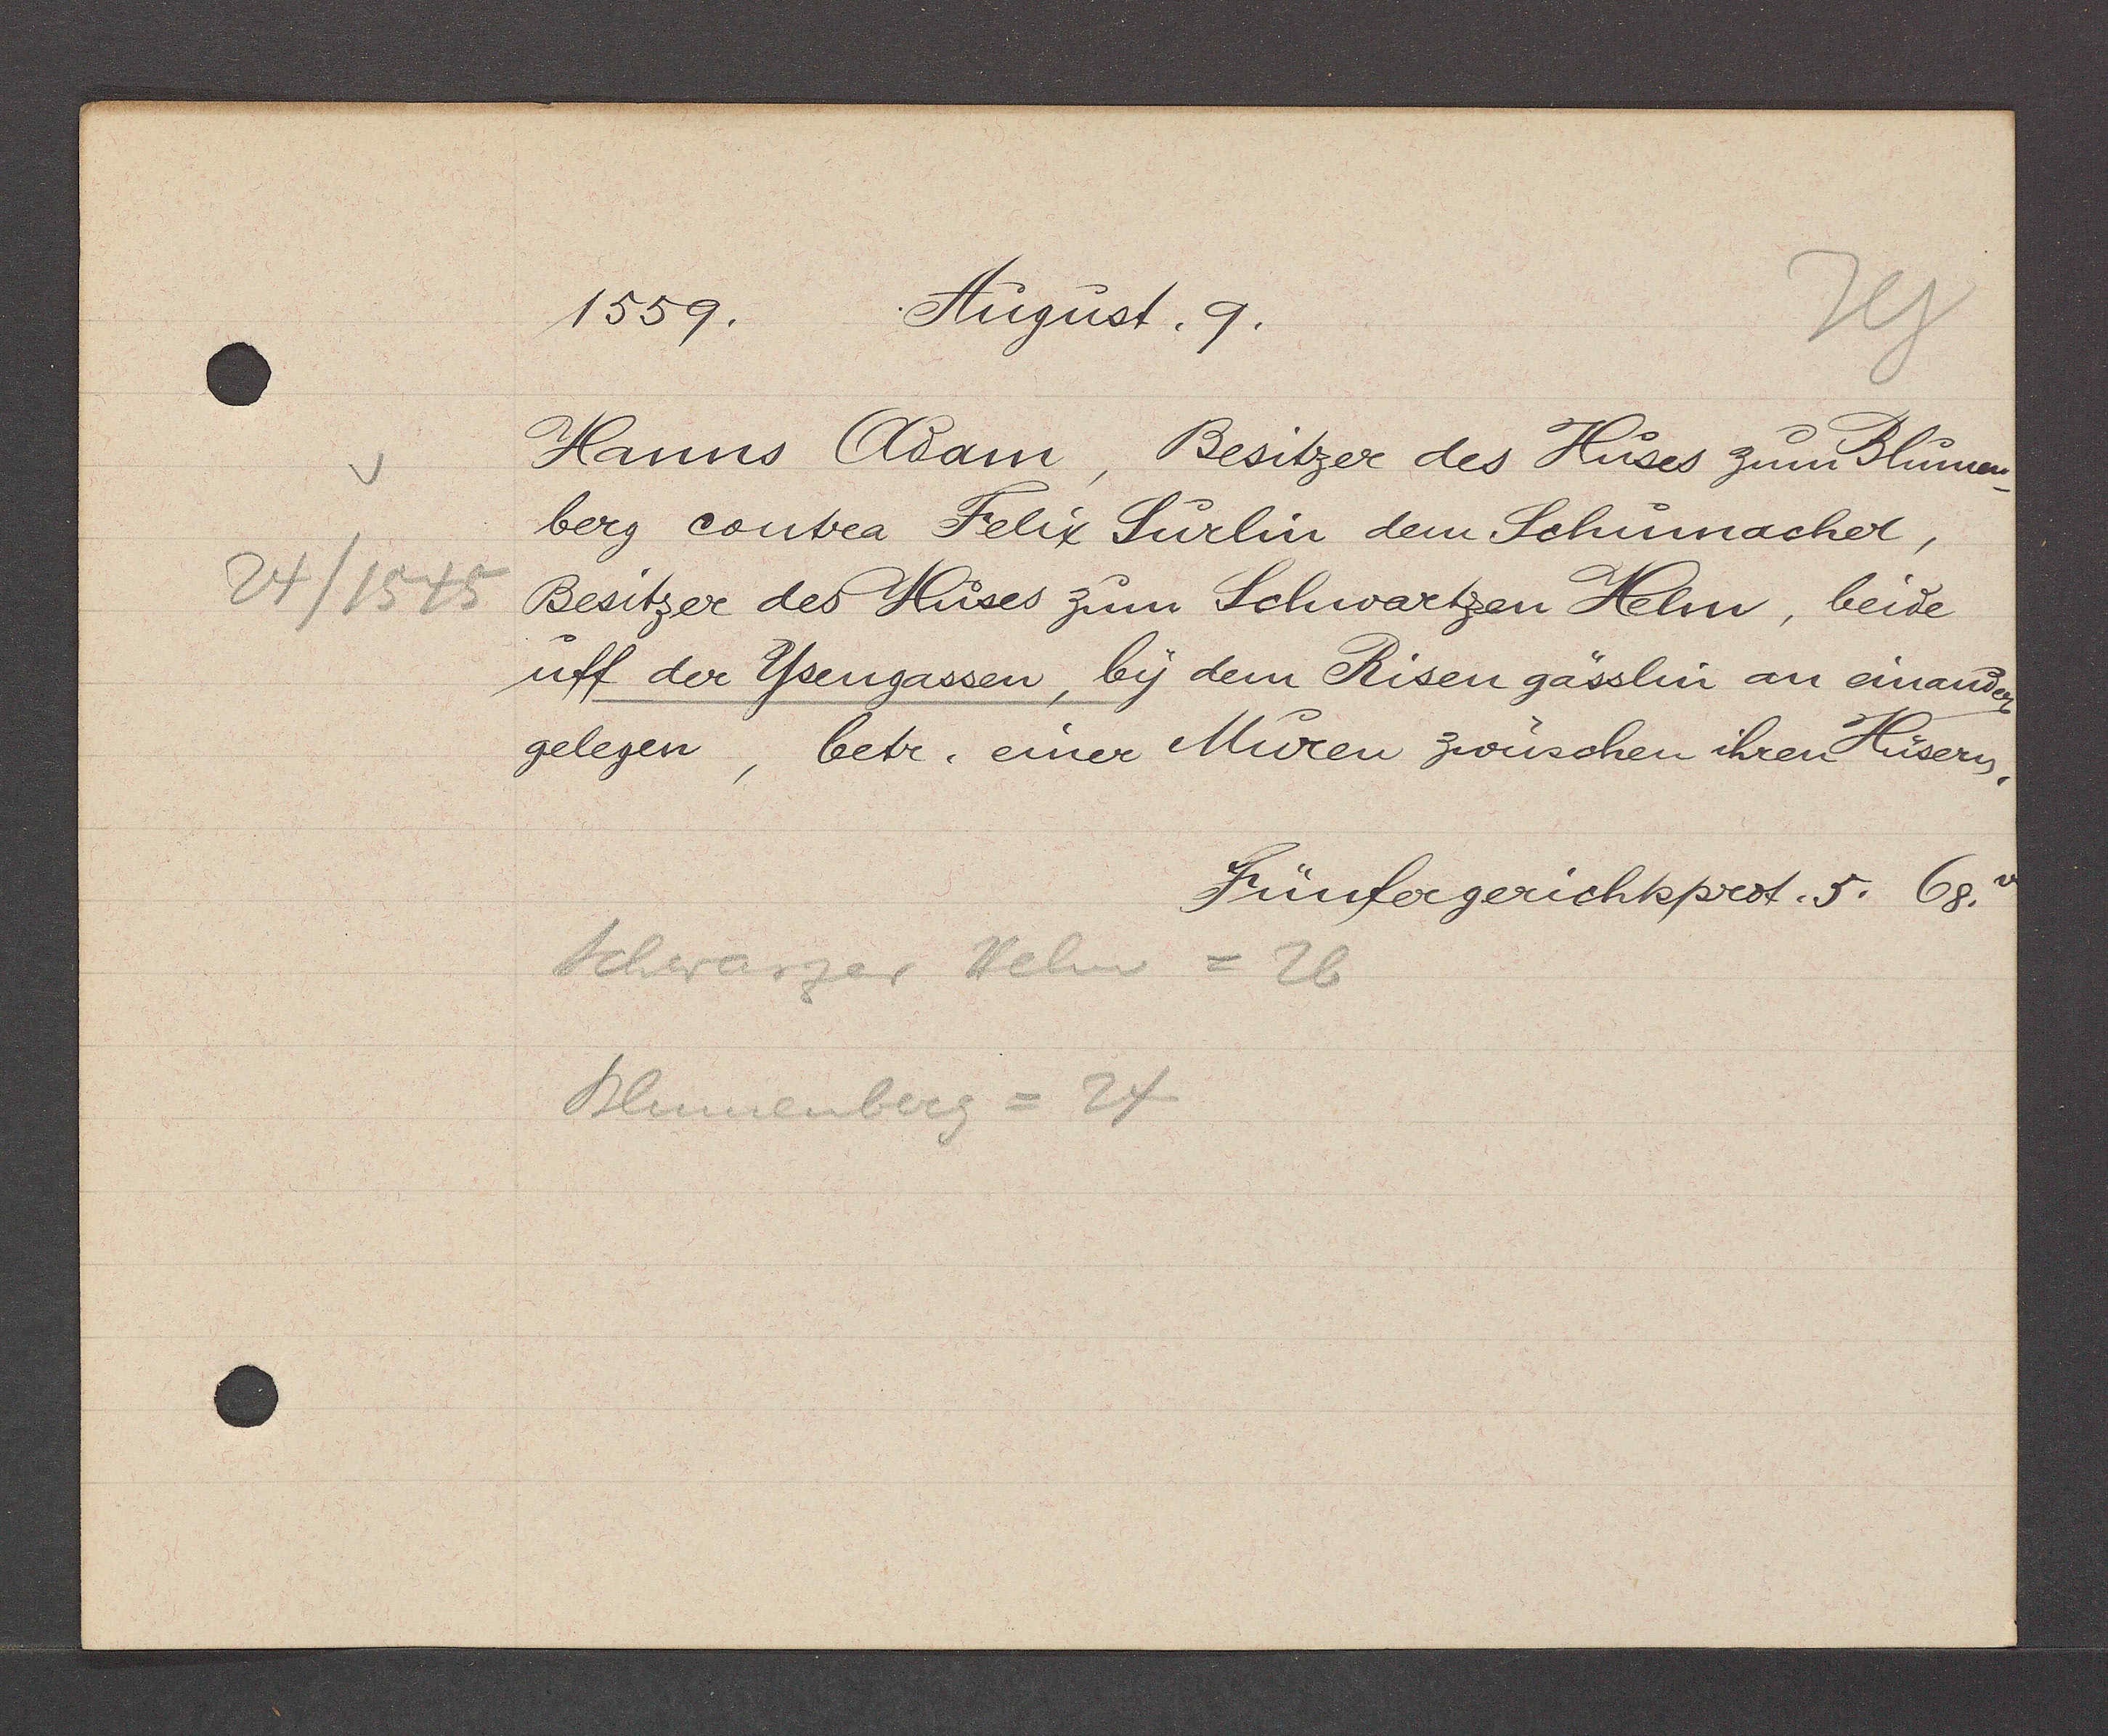
Transcript:
24/1545

1559. August. 9.
Hanns Adam, Besitzer des Huses zum Blumen
berg contra Felix Surlin dem Schümachet,
Besitzer des Huses zum Schwartzen Helm, beide
uff der Ysengassen, by dem Risen gässlin an einander
gelegen, betr. einer Müren zwuschen ihren Husern
Fünfergerichtsprot. 5. 68v
Schwarzer Helm= 26
Blumenberz= 24